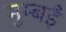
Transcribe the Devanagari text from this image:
मुम्बईं